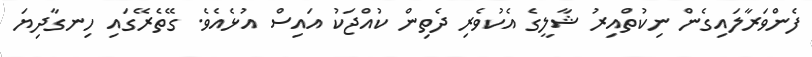
ފެންވަރާލައިގެން ނިކުތްއިރު ޝާލީގެ އެކުވެރި ދެތިން ކުއްޖަކު އައިސް އުޅެއެވެ. ގޭތެރޭގައި ހިނގާދިޔަ